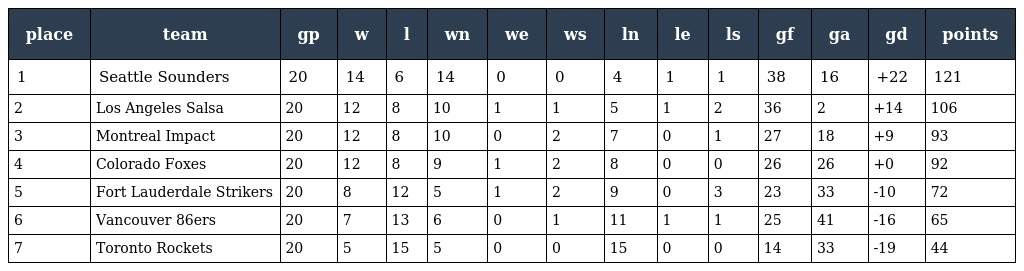
| place | team | gp | w | l | wn | we | ws | ln | le | ls | gf | ga | gd | points |
 | --- | --- | --- | --- | --- | --- | --- | --- | --- | --- | --- | --- | --- | --- | --- |
 | 1 | Seattle Sounders | 20 | 14 | 6 | 14 | 0 | 0 | 4 | 1 | 1 | 38 | 16 | +22 | 121 |
 | 2 | Los Angeles Salsa | 20 | 12 | 8 | 10 | 1 | 1 | 5 | 1 | 2 | 36 | 2 | +14 | 106 |
 | 3 | Montreal Impact | 20 | 12 | 8 | 10 | 0 | 2 | 7 | 0 | 1 | 27 | 18 | +9 | 93 |
 | 4 | Colorado Foxes | 20 | 12 | 8 | 9 | 1 | 2 | 8 | 0 | 0 | 26 | 26 | +0 | 92 |
 | 5 | Fort Lauderdale Strikers | 20 | 8 | 12 | 5 | 1 | 2 | 9 | 0 | 3 | 23 | 33 | -10 | 72 |
 | 6 | Vancouver 86ers | 20 | 7 | 13 | 6 | 0 | 1 | 11 | 1 | 1 | 25 | 41 | -16 | 65 |
 | 7 | Toronto Rockets | 20 | 5 | 15 | 5 | 0 | 0 | 15 | 0 | 0 | 14 | 33 | -19 | 44 |